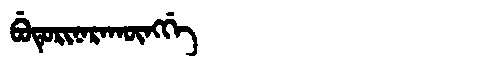
Manchu: ᠪᡠᡨᡠᡵᡳᠨᠠᡵᠠᡴᡡᠩᡤᡝ
Romanization: BUTURINARAKŪNGGE